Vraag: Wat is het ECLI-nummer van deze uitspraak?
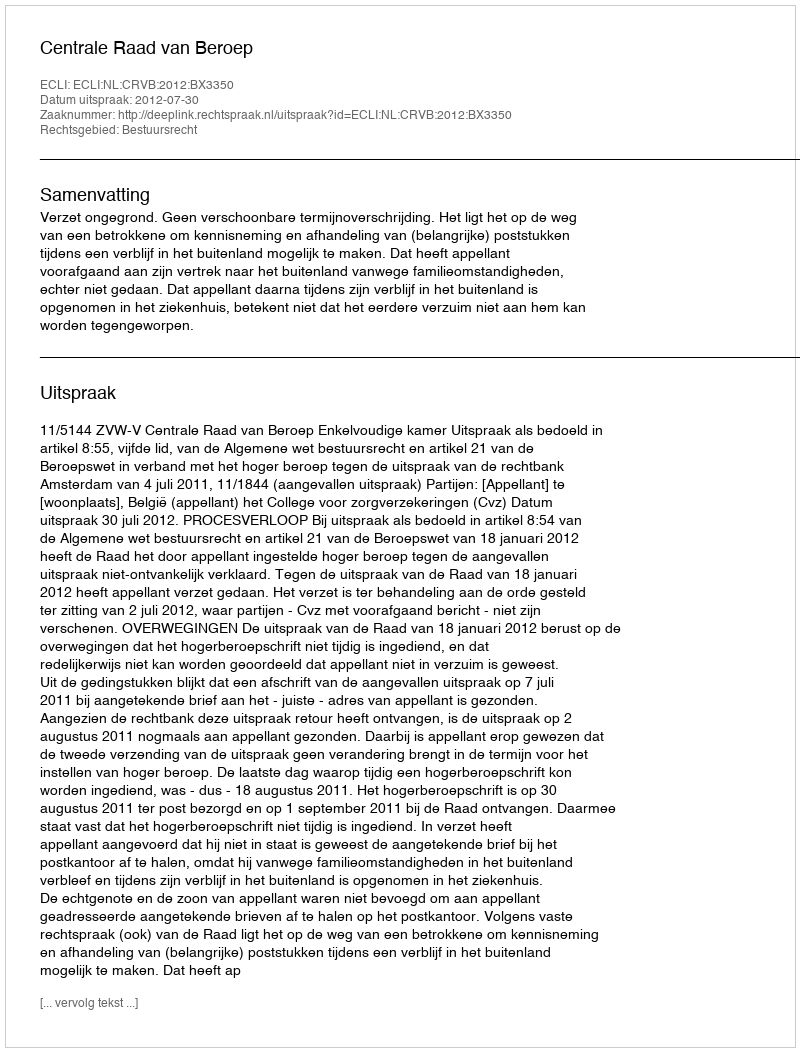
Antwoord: ECLI:NL:CRVB:2012:BX3350